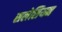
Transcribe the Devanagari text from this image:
सलेसियन